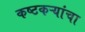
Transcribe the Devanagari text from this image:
कष्टकऱ्यांचा